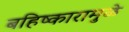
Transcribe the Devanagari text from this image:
बहिष्कारामुळे